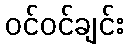
ဝင်ဝင်ချင်း